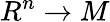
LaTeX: R^{n}\to M